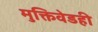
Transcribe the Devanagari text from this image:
मुक्तिवेडही